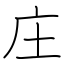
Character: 庄